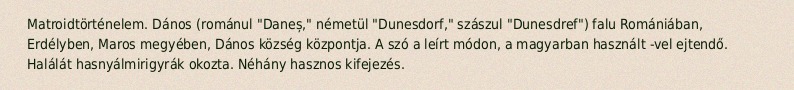
Matroidtörténelem. Dános (románul "Daneș," németül "Dunesdorf," szászul "Dunesdref") falu Romániában, Erdélyben, Maros megyében, Dános község központja. A szó a leírt módon, a magyarban használt -vel ejtendő. Halálát hasnyálmirigyrák okozta. Néhány hasznos kifejezés.